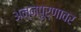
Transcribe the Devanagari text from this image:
अन्नपूर्णावर